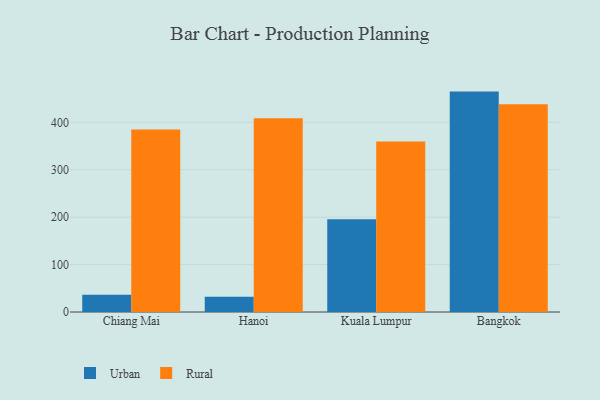
{"axis": {"x": "City", "y": "Inventory Turnover"}, "legend": ["Rural", "Urban"], "data": [{"x": "Chiang Mai", "y": 36.6, "type": "Urban"}, {"x": "Chiang Mai", "y": 384.9, "type": "Rural"}, {"x": "Hanoi", "y": 32.0, "type": "Urban"}, {"x": "Hanoi", "y": 408.5, "type": "Rural"}, {"x": "Kuala Lumpur", "y": 195.4, "type": "Urban"}, {"x": "Kuala Lumpur", "y": 359.4, "type": "Rural"}, {"x": "Bangkok", "y": 464.8, "type": "Urban"}, {"x": "Bangkok", "y": 437.9, "type": "Rural"}]}